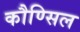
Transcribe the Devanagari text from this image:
कौण्सिल